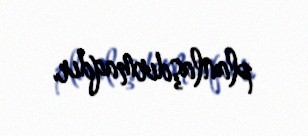
planlaşdırmaqdır.